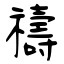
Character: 禱